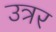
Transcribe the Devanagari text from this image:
उत्रर